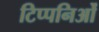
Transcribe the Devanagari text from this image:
टिप्पनिओं